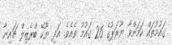
ގަަައުމުތައް ކަމަށްވާ ޔޫރަޕުގެ 26 ގައުމު ވެއެވެ. އަދި ޔޫކޭ ބްރެޒިލް ޗައިނާ